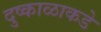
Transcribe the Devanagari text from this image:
दुष्काळाकडे